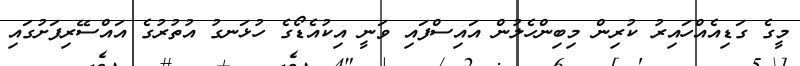
މީގެ ގަޑިއެއްހައިރު ކުރިން މިބިންހެލުން އައިސްފައި ވަނީ އިކުއެޑޯގެ ހުޅަނގު އުތުރުގެ އައްސޭރިފަށުގައި